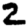
Digit: 2